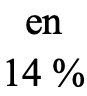
en 14 %